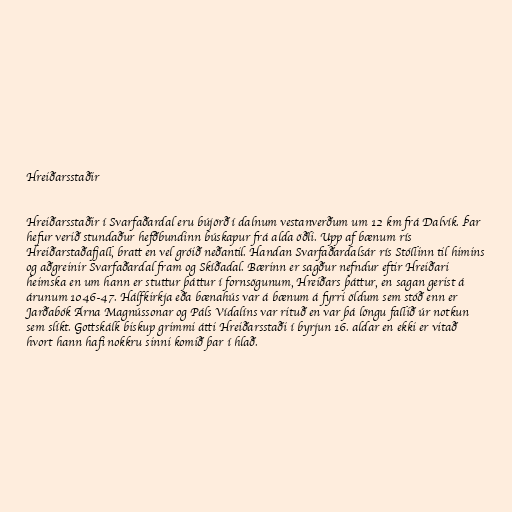
Hreiðarsstaðir

Hreiðarsstaðir í Svarfaðardal eru bújörð í dalnum vestanverðum um 12 km frá Dalvík. Þar
hefur verið stundaður hefðbundinn búskapur frá alda öðli. Upp af bænum rís
Hreiðarstaðafjall, bratt en vel gróið neðantil. Handan Svarfaðardalsár rís Stóllinn til himins
og aðgreinir Svarfaðardal fram og Skíðadal. Bærinn er sagður nefndur eftir Hreiðari
heimska en um hann er stuttur þáttur í fornsögunum, Hreiðars þáttur, en sagan gerist á
árunum 1046-47. Hálfkirkja eða bænahús var á bænum á fyrri öldum sem stóð enn er
Jarðabók Árna Magnússonar og Páls Vídalíns var rituð en var þá löngu fallið úr notkun
sem slíkt. Gottskálk biskup grimmi átti Hreiðarsstaði í byrjun 16. aldar en ekki er vitað
hvort hann hafi nokkru sinni komið þar í hlað.